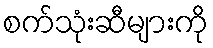
စက်သုံးဆီများကို